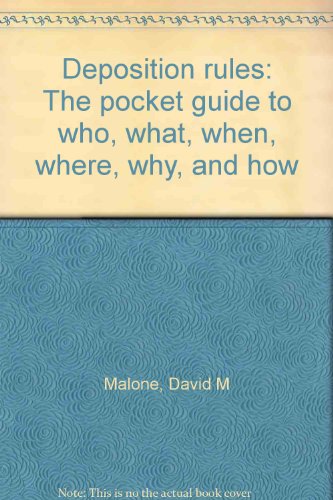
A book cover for Deposition rules: The pocket guide to who, what, when, where, why, and how; David M Malone; Law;